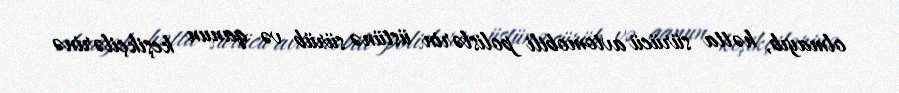
olmayıb, hətta sürücü avtomobili polislərin üstünə sürüb və qanun keşikçilərinə